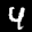
Label: 4